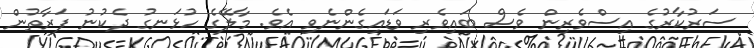
ސަރުކާރުގެ އިސްވެރިން ވެސް ބައިވެރި ވަޑައިގެންނެވި އެވެ. މާލޭގެ ހުޅަނގު ދެކުނު ފަރާތުން